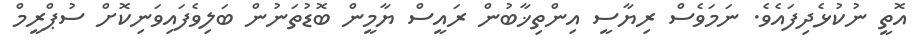
އޮތީ ނުކުޅެދިފައެވެ. ނަމަވެސް ރިޔާސީ އިންތިޚާބުން ރައީސް ޔާމީން ބޮޑުތަނުން ބަލިވެފައިވަނިކޮށް ސުޕްރީމް